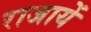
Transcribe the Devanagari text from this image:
राजायें